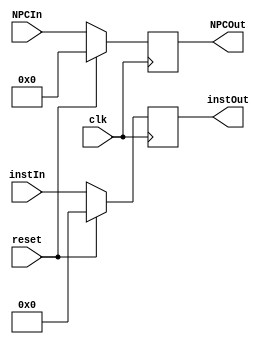
`timescale 1ns / 1ps
//IF_ID: At clock cycle, sends the fetched instruction to decoder
//16CS10058 Lovish Chopra
//16CS10057 Himanshu Mundhra

module IF_ID(
		input reset,
		input clk,
		input [31:0] instIn,
		input [9:0] NPCIn,
		output reg [31:0] instOut,
		output reg [9:0] NPCOut
    );
	
initial begin
	NPCOut<=10'b0;
	instOut<=32'b0;
	end
	
always @(posedge clk)     //At every clock cycle, assign output=input
		begin
		if(reset)
			begin
			instOut<=0;
			NPCOut<=0;
			end
		else
			begin
			instOut<=instIn;
			NPCOut<=NPCIn;
			end
		end
endmodule